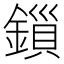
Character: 鎻